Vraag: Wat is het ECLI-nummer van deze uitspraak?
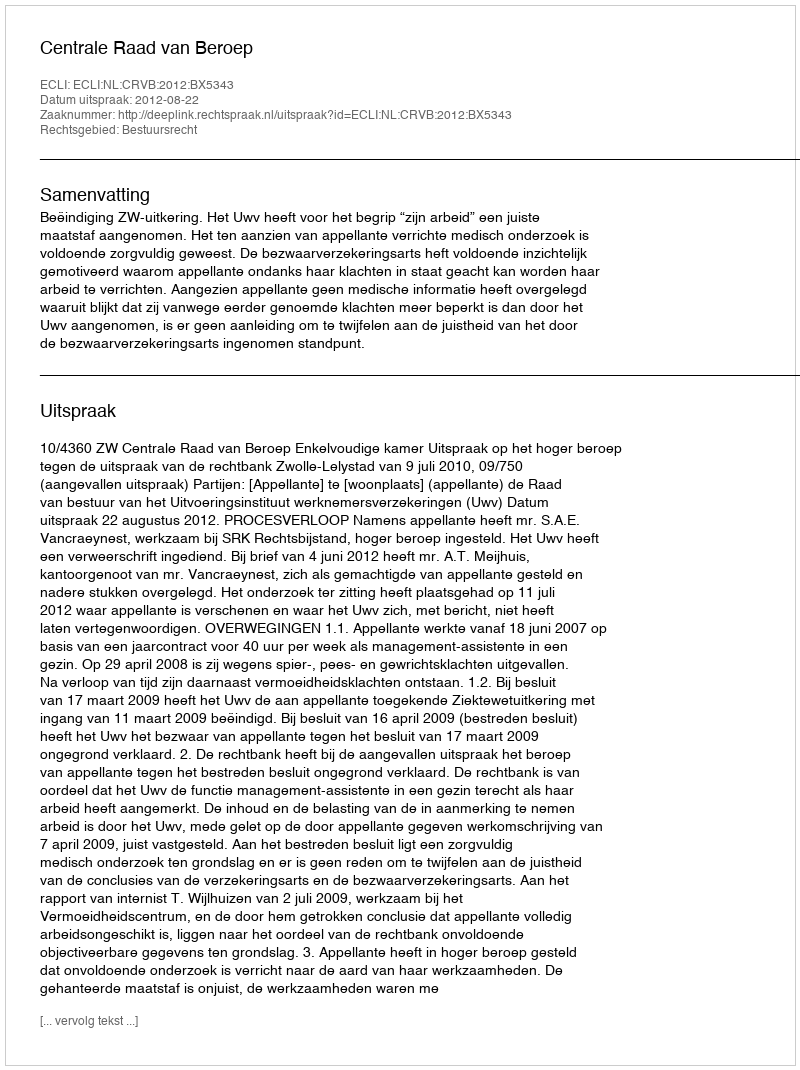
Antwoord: ECLI:NL:CRVB:2012:BX5343